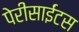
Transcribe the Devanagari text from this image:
पेरीसाईंटस